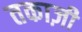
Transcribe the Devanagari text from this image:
तकाज़ी